Notes on vaccination in the North-West Frontier Province 1923-1928 - 1923-1928
Year: 1923
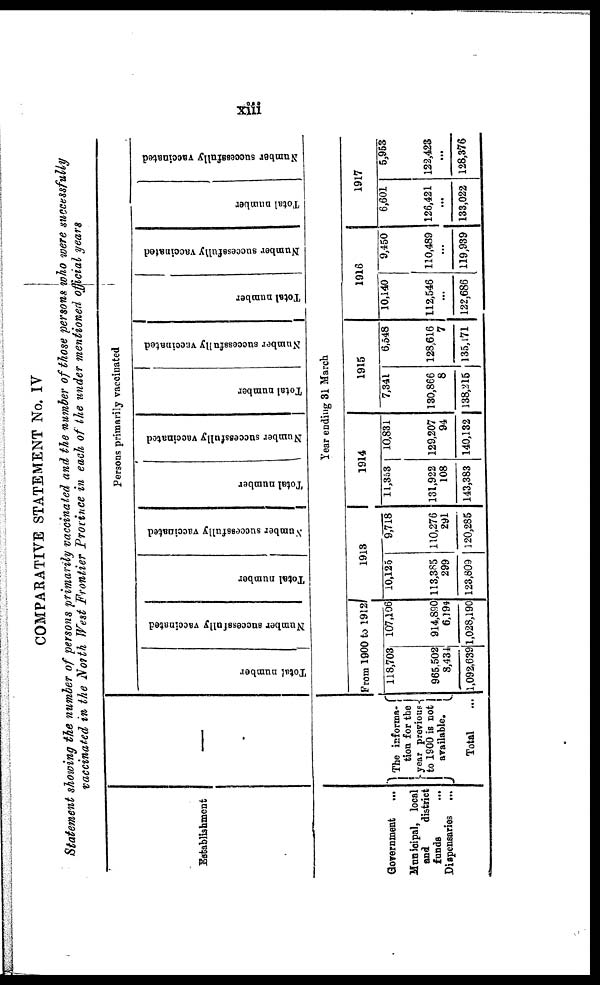
xiii
COMPARATIVE STATEMENT No. IV
Statement showing the number of persons primarily vaccinated and the number of those persons who were successfully
vaccinated in the North West Frontier Province in each of the under mentioned official years
Establishment
Government ...
Municipal, local
and
district
funds
...
Dispensaries ...
The informa¬
tion for the
year previous
to 1900 is not
available.
Total ...
Persons primarily vaccinated
Total number
Number successfully vaccinated
Total number
Number successfully vaccinated
Total number
Number successfully vaccinated
Total number
Number successfully vaccinated
Total number
Number successfully vaccinated
Total number
Number successfully vaccinated
Year ending 31 March
From 1900 to 1912
118,703
965,502
8,434
1,092,639
107,106
914,890
6,194
1,028,190
1913
10,125
113,385
299
123,809
9,718
110,276
291
120,285
1914
11,353
131,922
108
143,383
10,831
129,207
94
140,132
1915
7,341
130,866
8
138,215
6,548
128,616
7
135,171
1916
10,140
112,546
...
122,686
9,450
110,489
...
119,939
1917
6,601
126,421
...
133,022
5,953
122,423
...
128,376